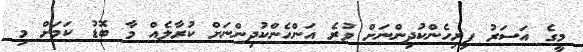
މީގެ އަސަރު ފިރިހެންކުދިންނަށް ވުރެ އަންހެންކުދިންނަށް ކުރާލެއް މާ ބޮޑު ކަމަށް މި